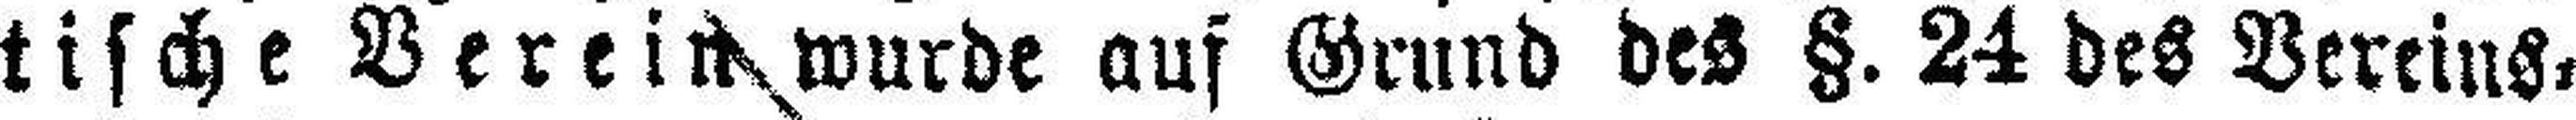
tische Verein wurde auf Grund des §. 24 des Vereins¬